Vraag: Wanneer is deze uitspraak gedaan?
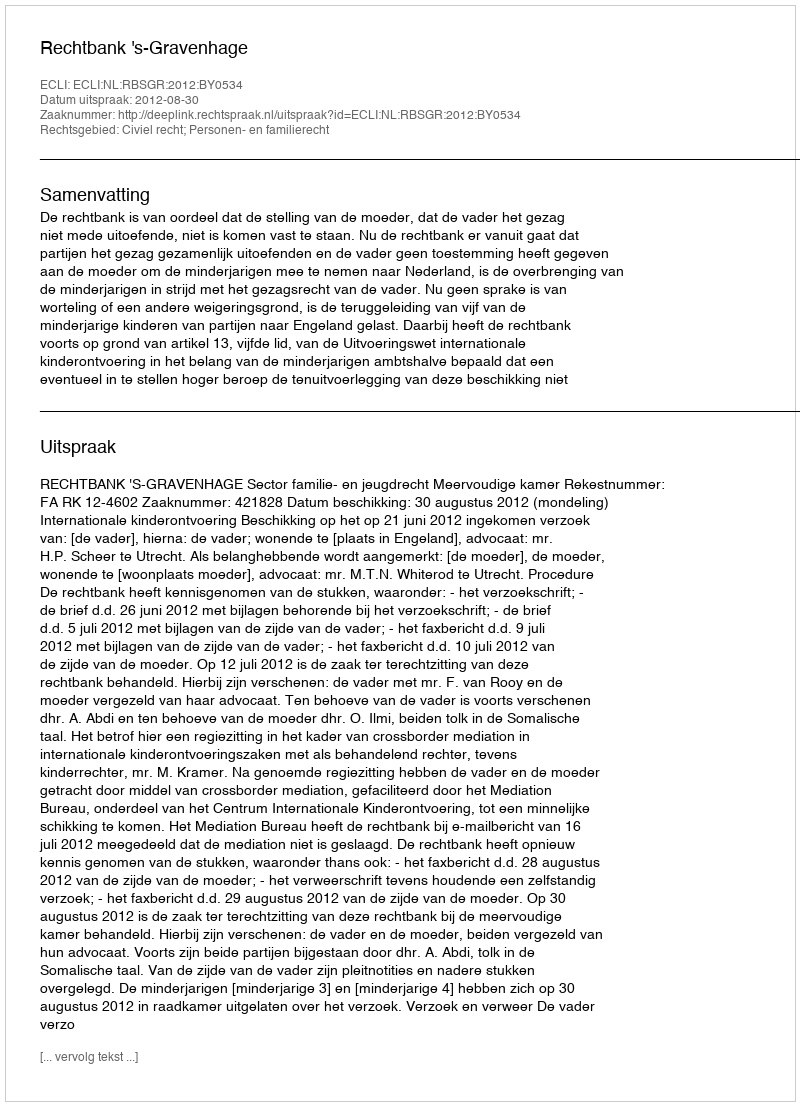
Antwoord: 2012-08-30